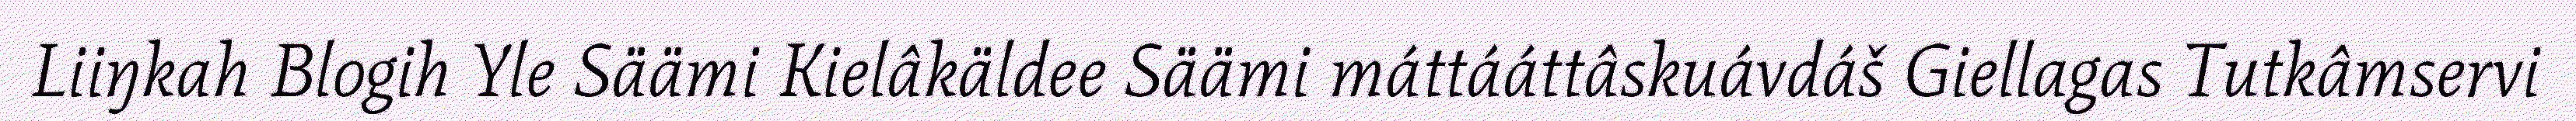
Liiŋkah Blogih Yle Säämi Kielâkäldee Säämi máttááttâskuávdáš Giellagas Tutkâmservi